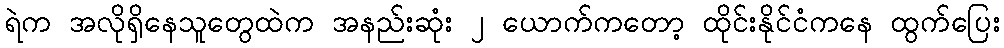
ရဲက အလိုရှိနေသူတွေထဲက အနည်းဆုံး ၂ ယောက်ကတော့ ထိုင်းနိုင်ငံကနေ ထွက်ပြေး